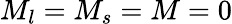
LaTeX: M_{l}=M_{s}=M=0